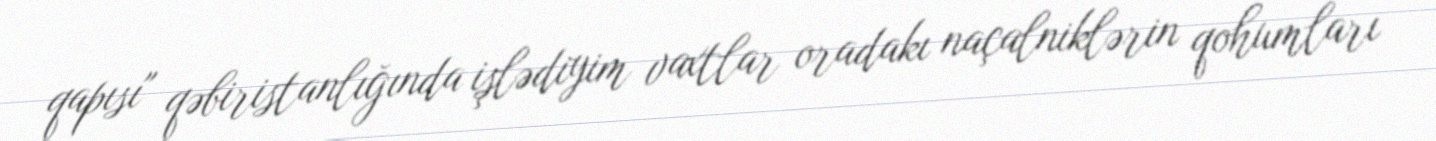
qapısı" qəbiristanlığında işlədiyim vaxtlar oradakı naçalniklərin qohumları